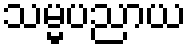
သမ္မပညာယ